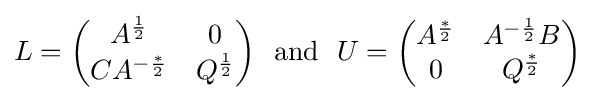
L={\begin{pmatrix}A^{\frac {1}{2}}&0\\CA^{-{\frac {*}{2}}}&Q^{\frac {1}{2}}\end{pmatrix}}\mathrm {~~and~~} U={\begin{pmatrix}A^{\frac {*}{2}}&A^{-{\frac {1}{2}}}B\\0&Q^{\frac {*}{2}}\end{pmatrix}}